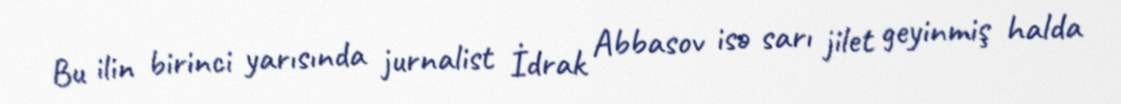
Bu ilin birinci yarısında jurnalist İdrak Abbasov isə sarı jilet geyinmiş halda